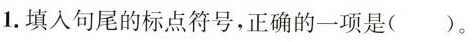
1.填入句尾的标点符号，正确的一项是()。